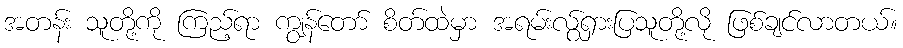
အတန်း သူတို့ကို ကြည့်ရာ ကျွန်တော် စိတ်ထဲမှာ အရမ်းလွ်ရှားပြသူတို့လို ဖြစ်ချင်လာတယ်။